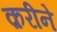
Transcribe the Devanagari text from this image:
क़रीने